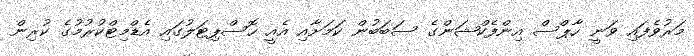
މަރުވެފައި ވަނީ ހާޕްސް އިންފެކްޝަންގެ ސަބަބުން ކަމަށާއި އެއީ ހޮސްޕިޓަލުގައި އެޑްމިޓްކުރުމުގެ ކުރިން